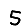
Digit: 5